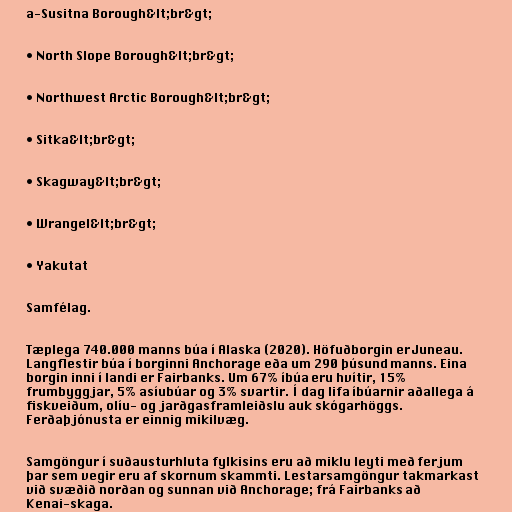
a-Susitna Borough&lt;br&gt;

• North Slope Borough&lt;br&gt;

• Northwest Arctic Borough&lt;br&gt;

• Sitka&lt;br&gt;

• Skagway&lt;br&gt;

• Wrangel&lt;br&gt;

• Yakutat

Samfélag.

Tæplega 740.000 manns búa í Alaska (2020). Höfuðborgin er Juneau.
Langflestir búa í borginni Anchorage eða um 290 þúsund manns. Eina
borgin inni í landi er Fairbanks. Um 67% íbúa eru hvítir, 15%
frumbyggjar, 5% asíubúar og 3% svartir. Í dag lifa íbúarnir aðallega á
fiskveiðum, olíu- og jarðgasframleiðslu auk skógarhöggs.
Ferðaþjónusta er einnig mikilvæg.

Samgöngur í suðausturhluta fylkisins eru að miklu leyti með ferjum
þar sem vegir eru af skornum skammti. Lestarsamgöngur takmarkast
við svæðið norðan og sunnan við Anchorage; frá Fairbanks að
Kenai-skaga.